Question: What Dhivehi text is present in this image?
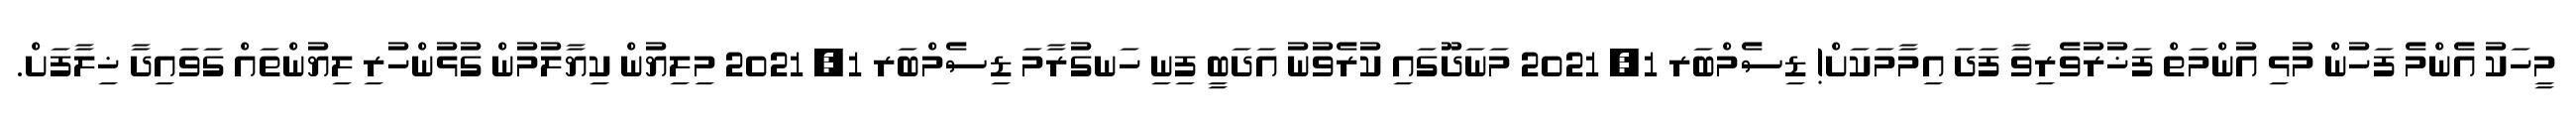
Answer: މީހަކު އެންމެ ފަހުން މުޅި އުންމަތް ފަޚުރުވެރިވާ ފަދަ އިމާމަކަށް! ޑިސެމްބަރ 1, 2021 މަނަދޫގައި ކުރެވުނު އަދަބީ ފިނި ހަނގުރާމަ ޑިސެމްބަރ 1, 2021 މިލިޔުން ކިޔާލުމުން ގުޅުންހުރި ލިޔުންތައް ގަވައިދާ ޚިލާފަށް.